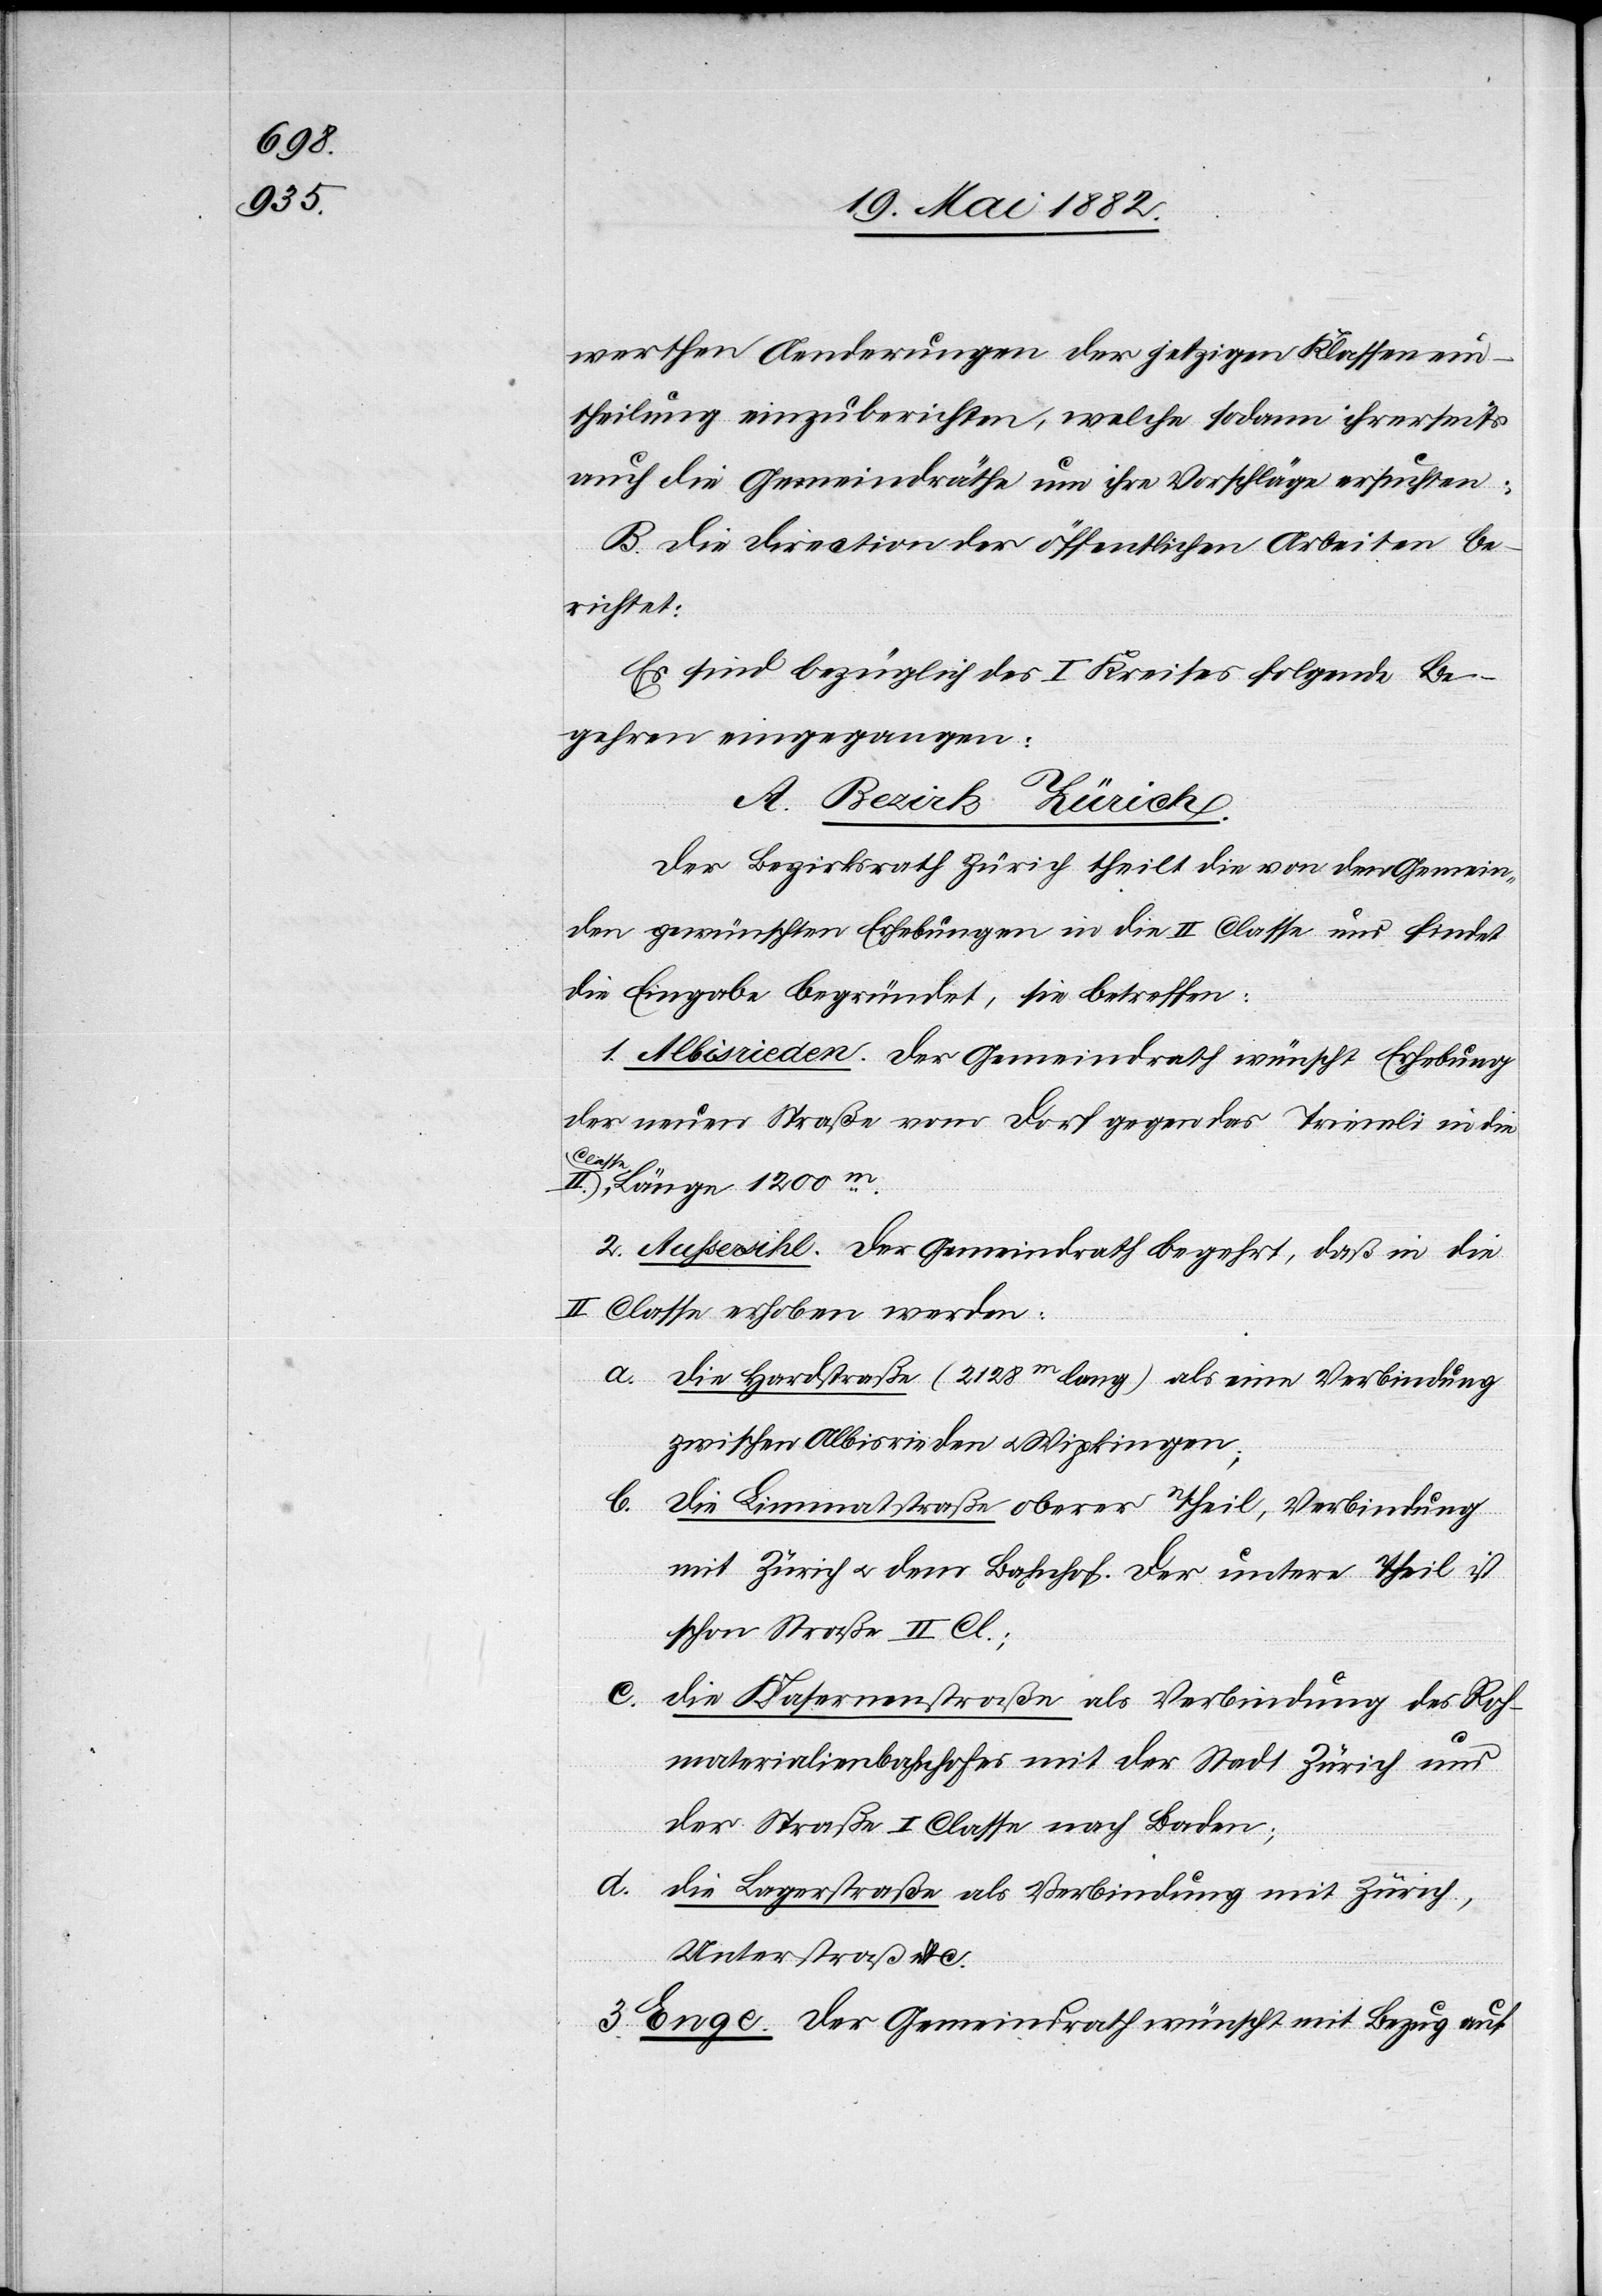
1200m.

werthen Aenderungen der jetzigen Klassenein¬
theilung einzuberichten, welche sodann ihrerseits
auch die Gemeindräthe um ihre Vorschläge ersuchten.
B. Die Direction der öffentlichen Arbeiten be¬
richtet:
Es sind bezüglich des I. Kreises folgende Be¬
gehren eingegangen:
A. Bezirk Zürich.
Der Bezirksrath Zürich theilt die von den Gemein¬
den gewünschten Erhebungen in die II. Classe [mit] und findet
die Eingabe[n] begründet, sie betreffen:
1. Albisrieden. Der Gemeindrath wünscht Erhebung
der neuen Straße vom Dorf gegen das Triemli in die
Classe,
2. Außersihl. Der Gemeindrath begehrt, daß in die
II. Classe erhoben werden:
a. Die Hardstraße (2128m lang) als eine Verbindung
zwischen Albisrieden u. Wipkingen;
b. Die Limmatstraße oberer Theil, Verbindung
mit Zürich u. dem Bahnhof. Der untere Theil ist
schon Straße II. Cl.;
c.
Die Kasernenstraße als Verbindung des Roh¬
materialienbahnhofes mit der Stadt Zürich und
der Straße I. Classe nach Baden;
d.
Die Lagerstraße als Verbindung mit Zürich,
Unterstraß etc.
3. Enge. Der Gemeindrath wünscht mit Bezug auf